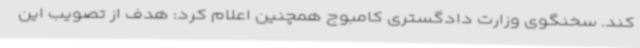
کند. سخنگوی وزارت دادگستری کامبوج همچنین اعلام کرد: هدف از تصویب این